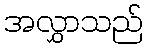
အလွှာသည်